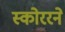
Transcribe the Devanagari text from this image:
स्कोररने